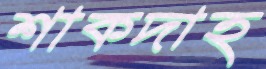
শাকদাহ